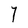
Character: Y